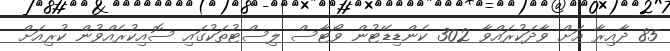
85 ދާއިރާ އަށް ވާދަކުރައްވާ 302 ކެންޑިޑޭޓުން ވޯޓާސް ލިސްޓުތަކުގައި ސޮއިކުރެއްވުން ކުރިއަށް